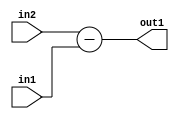
`timescale 1ps / 1ps
/*****************************************************************************
    Verilog RTL Description
    
    
    Created by: Stratus DpOpt 2019.1.01 
*******************************************************************************/

module st_feature_addr_gen_Sub_16Ux8U_16S_4_2 (
	in2,
	in1,
	out1
	); /* architecture "behavioural" */ 
input [15:0] in2;
input [7:0] in1;
output [15:0] out1;
wire [15:0] asc001;

assign asc001 = 
	+(in2)
	-(in1);

assign out1 = asc001;
endmodule

/* CADENCE  ubL1Qgs= : u9/ySgnWtBlWxVPRXgAZ4Og= ** DO NOT EDIT THIS LINE ******/